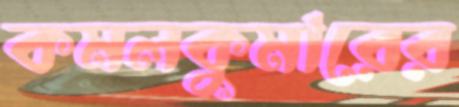
কমলকুমারের